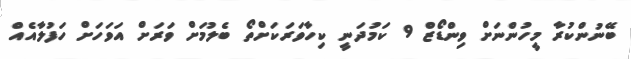
ބޭނުންކުރާ މީހުންނަށް ވިންޑޯޒް 9 ކަމުދަނީ ކިހާވަރަކަށްތޯ ބެލުމަށް ވަރަށް އަވަހަށް ހަފުލާއެއް